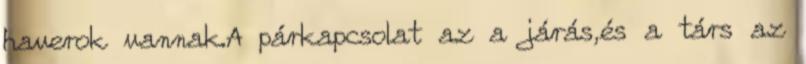
haverok vannak.A párkapcsolat az a járás,és a társ az